Indian journal of veterinary science and animal husbandry - Volumes 15-17, 1948-1951
Year: 1948
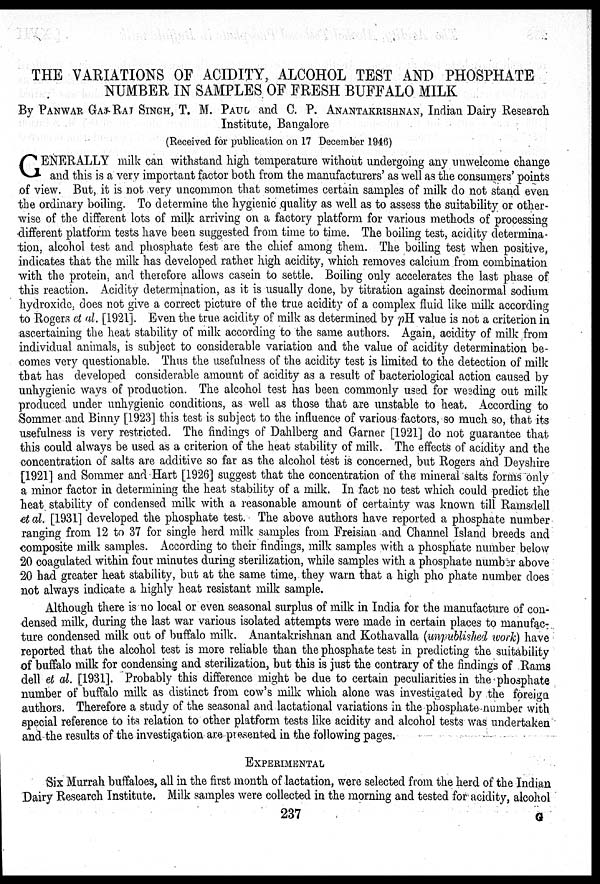
THE VARIATIONS OF ACIDITY, ALCOHOL TEST AND PHOSPHATE
NUMBER IN SAMPLES OF FRESH BUFFALO MILK
By PANWAR GAJ-RAT SINGH, T. M. PAUL and C. P. ANANTAKRISHNAN, Indian Dairy Research
Institute, Bangalore
(Received for publication on 17 December 1946)
G ENERALLY milk can withstand high temperature without undergoing any unwelcome change
and this is a very important factor both from the manufacturers' as well as the consumers' points
of view. But, it is not very uncommon that sometimes certain samples of milk do not stand even
the ordinary boiling. To determine the hygienic .quality as well as to assess the suitability or other-
wise of the different lots of milk arriving on a factory platform for various methods of processing
different platform tests have been suggested from time to time. The boiling test, acidity determina-
tion, alcohol test and phosphate test are the chief among them. The boiling test when positive,
indicates that the milk has developed rather high acidity, which removes calcium from combination
with the protein, and therefore allows casein to settle. Boiling only accelerates the last phase of
this reaction. Acidity determination, as it is usually done, by titration against decinormal sodium
hydroxide, does not give a correct picture of the true acidity of a complex fluid like milk according
to Rogers et al. [1921]. Even the true acidity of milk as determined by pH value is not a criterion in
ascertaining the heat stability of milk according to the same authors. Again, acidity of milk from
individual animals, is subject to considerable variation and the value of acidity determination be-
comes very questionable. Thus the usefulness of the acidity test is limited to the detection of milk
that has developed considerable amount of acidity as a result of bacteriological action caused by
unhygienic ways of production. The alcohol test has been commonly used for weeding out milk
produced under unhygienic conditions, as well as those that are unstable to heat. According to
Sommer and Binny [1923] this test is subject to the influence of various factors, so much so, that its
usefulness is very restricted. The findings of Dahlberg and Garner [1921] do not guarantee that
this could always be used as a criterion of the heat stability of milk. The effects of acidity and the
concentration of salts are additive so far as the alcohol test is concerned, but Rogers and Deyshire
[1921] and Sommer and Hart [1926] suggest that the concentration of the mineral salts forms only
a minor factor in determining the heat stability of a milk. In fact no test which could predict the
heat stability of condensed milk with a reasonable amount of certainty was known till Ramsdell
et al. [1931] developed the phosphate test. The above authors have reported a phosphate number
ranging from 12 to 37 for single herd milk samples from Freisian and Channel Island breeds and
composite milk samples. According to their findings, milk samples with a phosphate number below
20 coagulated within four minutes during sterilization, while samples with a phosphate number above
20 had greater heat stability, but at the same time, they warn that a high pho phate number does
not always indicate a highly heat resistant milk sample.
Although there is no local or even seasonal surplus of milk in India for the manufacture of con-
densed milk, during the last war various isolated attempts were made in certain places to manufac-
ture condensed milk out of buffalo milk. Anantakrishnan and Kothavalla (unpublished work) have
reported that the alcohol test is more reliable than the phosphate test in predicting the suitability
of buffalo milk for condensing and sterilization, but this is just the contrary of the findings of Rams
dell et al. [1931]. Probably this difference might be due to certain peculiarities in the phosphate
number of buffalo milk as distinct from cow's milk which alone was investigated by the foreign
authors. Therefore a study of the seasonal and lactational variations in the phosphate number with
special reference to its relation to other platform tests like acidity and alcohol tests was undertaken
and the results of the investigation are presented in the following pages.
EXPERIMENTAL
Six Murrah buffaloes, all in the first month of lactation, were selected from the herd of the Indian
Dairy Research Institute. Milk samples were collected in the morning and tested for acidity, alcohol
237
G